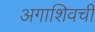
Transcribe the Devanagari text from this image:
अगाशिवची